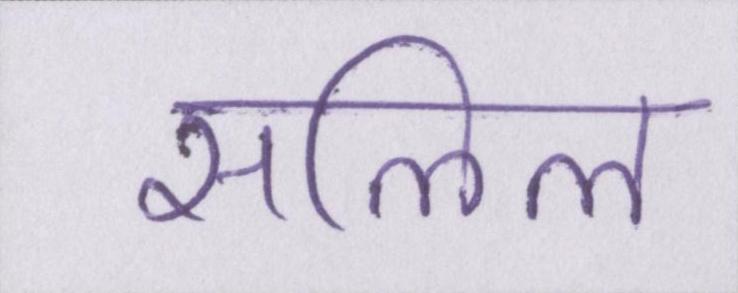
सलिल